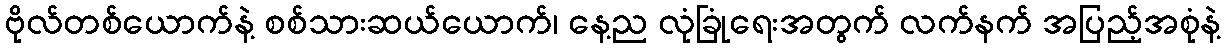
ဗိုလ်တစ်ယောက်နဲ့ စစ်သားဆယ်ယောက်၊ နေ့ည လုံခြုံရေးအတွက် လက်နက် အပြည့်အစုံနဲ့